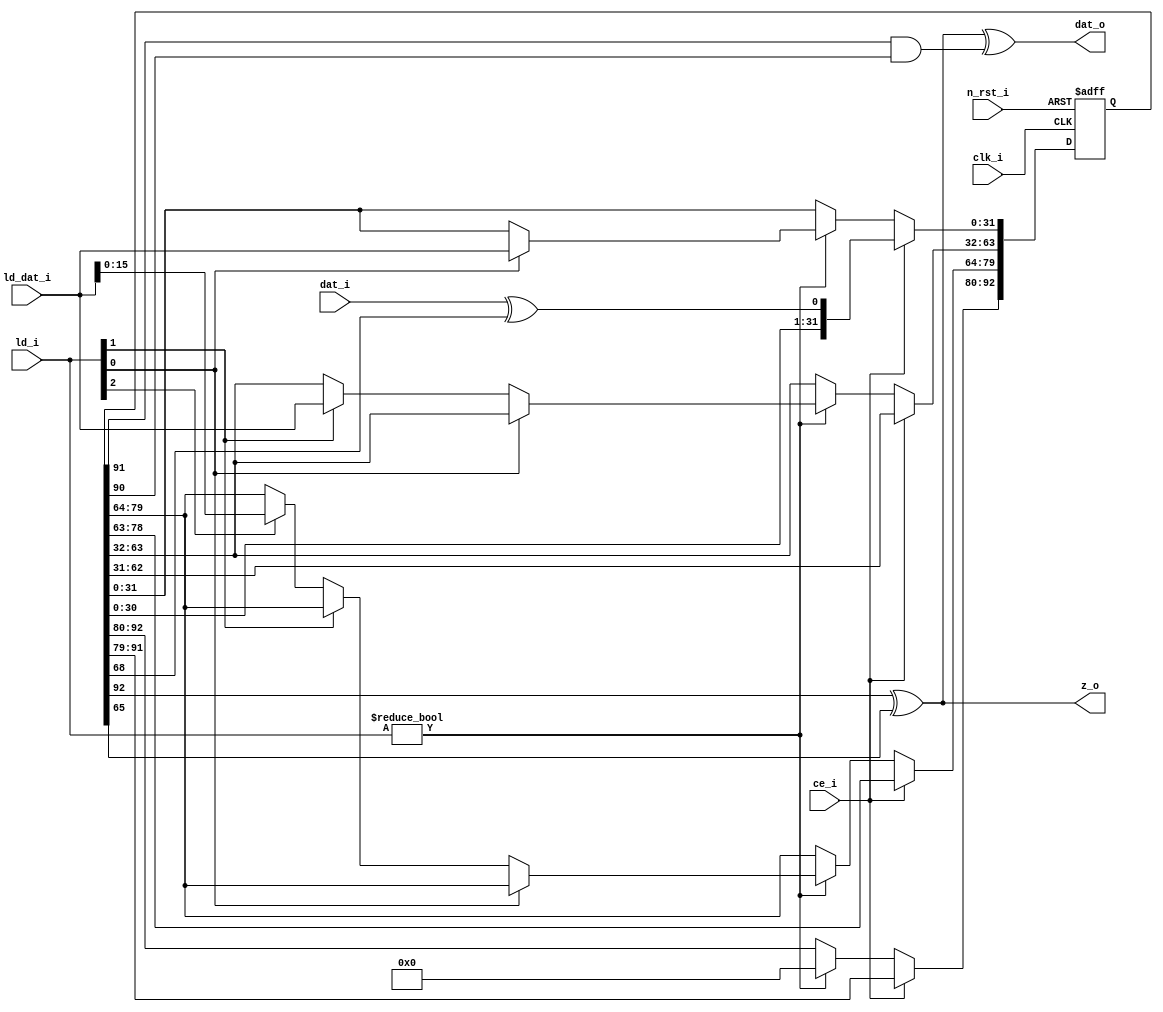
module shift_reg_2 #(
    parameter REG_SZ = 93,
    parameter FEED_FWD_IDX = 65,
    parameter FEED_BKWD_IDX = 68
) 
(
    input   wire            clk_i,      
    input   wire            n_rst_i,    
    input   wire            ce_i,       
    input   wire    [2:0]   ld_i,       
    input   wire    [31:0]  ld_dat_i,   
    input   wire            dat_i,      
    output  wire            dat_o,      
    output  wire            z_o         
);
reg     [(REG_SZ - 1):0]    dat_r;      
wire                        reg_in_s;   
assign reg_in_s = dat_i ^ dat_r[FEED_BKWD_IDX];
always @(posedge clk_i or negedge n_rst_i) begin
    if (!n_rst_i)
        dat_r <= 0;
    else begin
        if (ce_i) begin
            dat_r <= {dat_r[(REG_SZ - 2):0], reg_in_s};
        end
        else if (ld_i != 3'b000) begin 
            if (ld_i[0])
                dat_r[31:0] <= ld_dat_i;
            else if (ld_i[1])
                dat_r[63:32] <= ld_dat_i;
            else if (ld_i[2])
                dat_r[79:64] <= ld_dat_i[15:0];
            dat_r[(REG_SZ - 1):80] <= 0;
            if (REG_SZ == 111)
                dat_r[(REG_SZ - 1)-:3] <= 3'b111;
        end
    end
end
assign z_o = (dat_r[REG_SZ - 1] ^ dat_r[FEED_FWD_IDX]);
assign dat_o = z_o ^ (dat_r[REG_SZ - 2] & dat_r[REG_SZ - 3]); 
endmodule